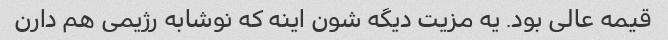
قیمه عالی بود. یه مزیت دیگه شون اینه که نوشابه رژیمی هم دارن